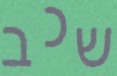
שכב